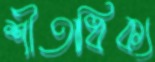
শীতাধিক্য